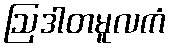
ဩဒါတမူလကံ